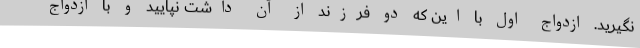
نگیرید. ازدواج اول با این که دو فرزند از آن داشت نپایید و با ازدواج